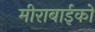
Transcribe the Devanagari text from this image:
मीराबाईको